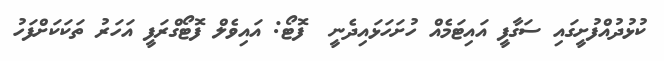
ކުޅުދުއްފުށީގައި ސަގާފީ އައިޓަމެއް ހުށަހަޅައިދެނީ  ފޮޓޯ: އައިވެލް ފޮޓޯގްރަފީ އަހަރު ތަކަކަށްފަހު